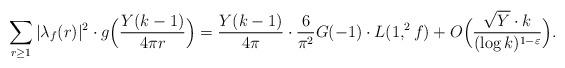
LaTeX: \begin{align*}\sum_{r \ge 1} |\lambda_f(r)|^2 \cdot g \Big ( \frac{Y(k-1)}{4\pi r} \Big )= \frac{Y(k-1)}{4\pi} \cdot \frac{6}{\pi^2} G(-1) \cdot L(1, ^2 f) + O \Big ( \frac{\sqrt{Y} \cdot k}{(\log k)^{1 - \varepsilon}} \Big ).\end{align*}